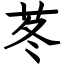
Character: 苳